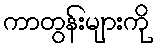
ကာတွန်းများကို